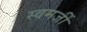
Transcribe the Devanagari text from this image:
स्वमर्जी